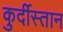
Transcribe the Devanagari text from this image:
कुर्दीस्तान